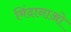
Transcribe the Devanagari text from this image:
मिंदानाओ